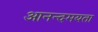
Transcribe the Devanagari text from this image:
आनन्दमयता